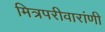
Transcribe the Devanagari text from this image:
मित्रपरीवारांणी